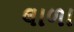
લાળા